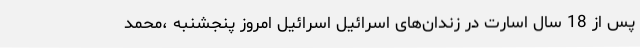
پس از 18 سال اسارت در زندان‌های اسرائیل اسرائیل امروز پنجشنبه ،محمد